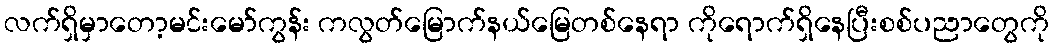
လက်ရှိမှာတော့မင်းမော်ကွန်း ကလွတ်မြောက်နယ်မြေတစ်နေရာ ကိုရောက်ရှိနေပြီးစစ်ပညာတွေကို